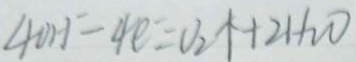
4 0 H ^ { - } - 4 e = v _ { 2 } \uparrow + 2 H _ { 2 } O